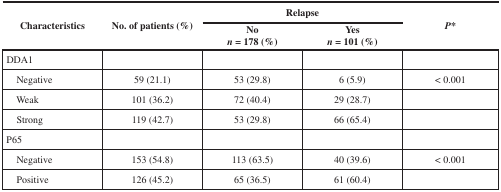
<table><thead><tr><td rowspan="2"><b>Characteristics</b></td><td rowspan="2"><b>No. of patients (%)</b></td><td colspan="2"><b>Relapse</b></td><td rowspan="2"><b><i>P</i>*</b></td></tr><tr><td><b>No<i>n</i> = 178 (%)</b></td><td><b>Yes<i>n</i> = 101 (%)</b></td></tr></thead><tbody><tr><td>DDA1</td><td></td><td></td><td></td><td></td></tr><tr><td> Negative</td><td>59 (21.1)</td><td>53 (29.8)</td><td>6 (5.9)</td><td>&lt; 0.001</td></tr><tr><td> Weak</td><td>101 (36.2)</td><td>72 (40.4)</td><td>29 (28.7)</td><td></td></tr><tr><td> Strong</td><td>119 (42.7)</td><td>53 (29.8)</td><td>66 (65.4)</td><td></td></tr><tr><td>P65</td><td></td><td></td><td></td><td></td></tr><tr><td> Negative</td><td>153 (54.8)</td><td>113 (63.5)</td><td>40 (39.6)</td><td>&lt; 0.001</td></tr><tr><td> Positive</td><td>126 (45.2)</td><td>65 (36.5)</td><td>61 (60.4)</td><td></td></tr></tbody></table>